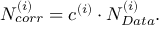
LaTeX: N _ { c o r r } ^ { ( i ) } = c ^ { ( i ) } \cdot N _ { D a t a } ^ { ( i ) } .